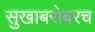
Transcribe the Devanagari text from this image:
सुखाबरोबरच